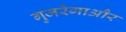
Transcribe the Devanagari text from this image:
गुजरेगाऔर